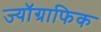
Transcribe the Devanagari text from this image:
ज्यॉग्राफिक